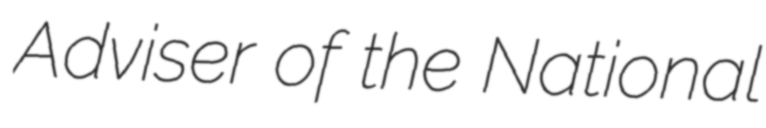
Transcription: Adviser of the National